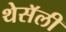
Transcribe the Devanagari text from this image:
थेसॅली